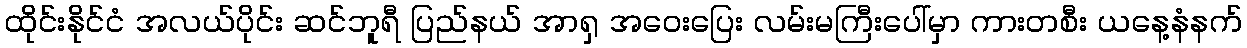
ထိုင်းနိုင်ငံ အလယ်ပိုင်း ဆင်ဘူရီ ပြည်နယ် အာရှ အဝေးပြေး လမ်းမကြီးပေါ်မှာ ကားတစီး ယနေ့နံနက်